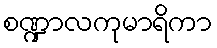
စဏ္ဍာလကုမာရိကာ